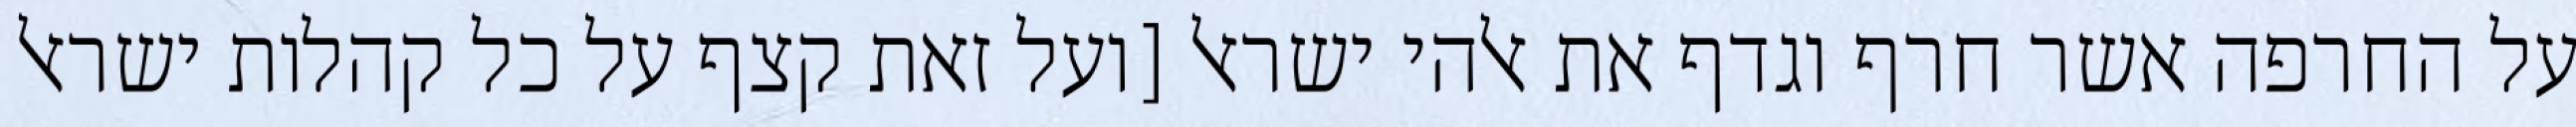
על החרפה אשר חרף וגדף את אלהי ישראל [ועל זאת קצף על כל קהלות ישראל